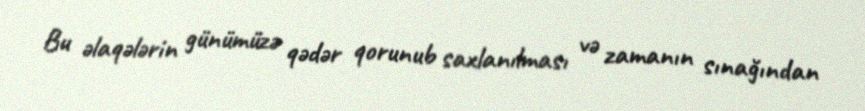
Bu əlaqələrin günümüzə qədər qorunub saxlanılması və zamanın sınağından